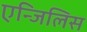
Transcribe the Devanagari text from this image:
एन्जिलिस